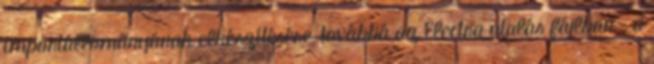
importállományának elkészítésére, továbbá az Electra utalás fájlban – a